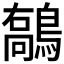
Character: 𪄘